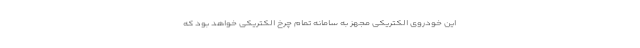
این خودروی الکتریکی مجهز به سامانه تمام چرخ الکتریکی خواهد بود که